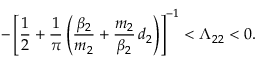
- \left[ \frac { 1 } { 2 } + \frac { 1 } { \pi } \left( \frac { \beta _ { 2 } } { m _ { 2 } } + \frac { m _ { 2 } } { \beta _ { 2 } } \, d _ { 2 } \right) \right] ^ { - 1 } < \Lambda _ { 2 2 } < 0 .